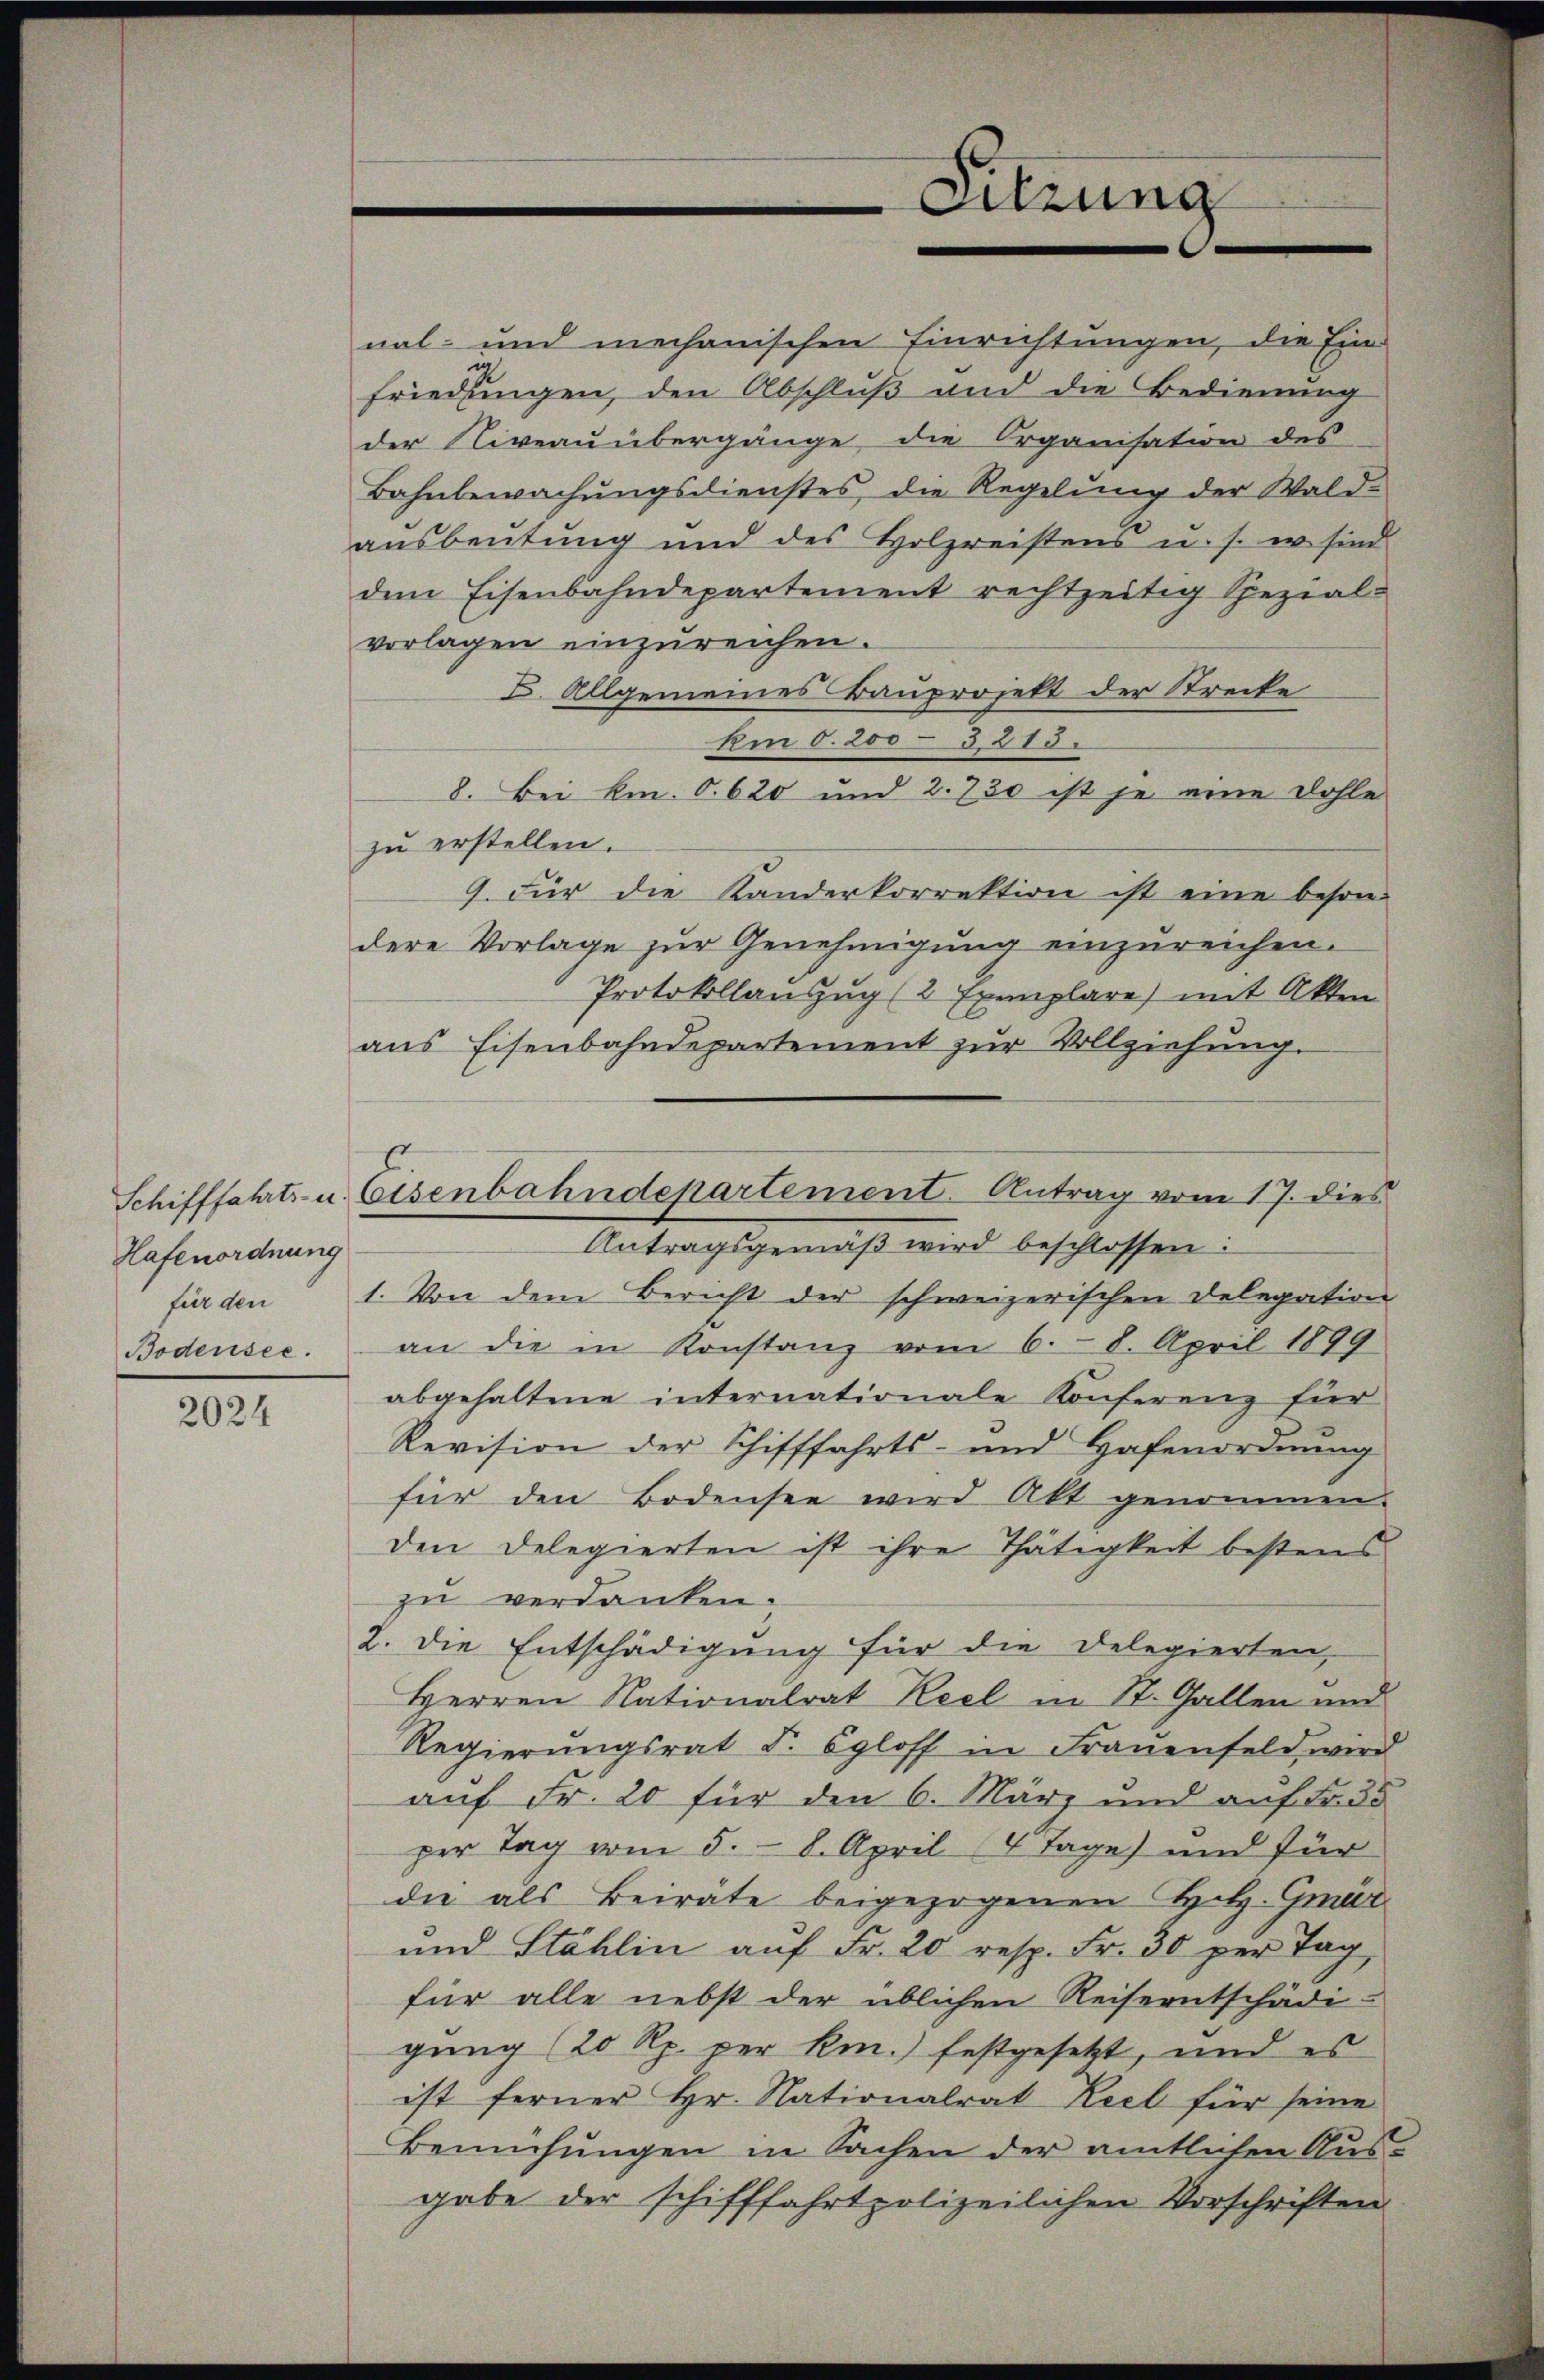
Hafenordnung
Bodensee.

2024

dem Eisenbahndepartement rechtzeitig Spezial-
vorlagen einzureichen.
I. Allgemeines Bauprojekt der Streite
Am 6. 200 - 3213.
8. Bei km. S. 620 und 2. 730 ist je eine Dohle
zu erstellen.
9. Für die Kanderkorrektion ist eine besondere Vorlage zŭr Genehmigŭng einzŭreichen.
Protokollanzug (2 Exemplare) mit Akten
aus Eisenbahndepartement zur Vollziehung.
Antragsgemäβ wird beschlossen:
für den 1. Von dem Bericht der schweizerischen Delegation
an die in Konstanz vom 6. 8. April 1899
abgehaltene internationale Konferenz für
Revision der Schifffahrts- und Hafenordnung
für den Bodensee wird Akt genommen.
den Delegierten ist ihre Thätigkeit bestens
zu verdanken.
2. die Entschädigung für die Delegierten,
Herren Nationalrat Keel in St. Gallen und
Regierŭngsrat d. Egloff in Frauenfeld wird
auf Fr. 20 für den 6. März und auf Fr. 30
per Tag vom 5. 8. April (4 Tage) und für
die als Beirate beigezogenen Holz-Gener
und Stählin auf Fr. 20 resp. Fr. 30 per Tag
für alle nebst der üblichen Reiseentschädi-
gung (20 Rp. per km.) festgesetzt, und es
ist ferner Hr. Nationalrat Keel für seine
Bemühungen in Sachen der amtlichen Aus-
gabe der schifffahrtpolizeilichen Vorschriften

Schifffahrts- u. Eisenbahndepartement Antrag vom 17. dies

nal- und mechanischen Einrichtungen, die Ein-
friedungen, den Abschluß und die Bedienung
der Niveau übergänge die Organisation des
Bahnbewachŭngsdienstes die Regelŭng der Wald-
aŭsbeŭtŭng und des Holzreistens u. s. w. sind

Sitzung